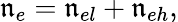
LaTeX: \mathfrak{n}_{e}=\mathfrak{n}_{el}+\mathfrak{n}_{eh},